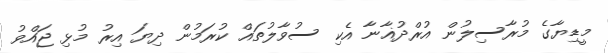
މީޑިޔާގެ މުރާސިލުން އުރްދުޣާނާ އެކި ސުވާލުތައް ކުރަމުން ދިޔަ އިރު މުޅި ޖައްވު